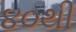
૪૦થી